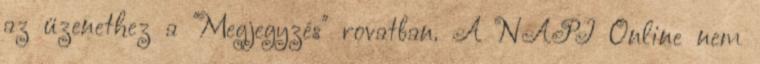
az üzenethez a "Megjegyzés" rovatban. A NAPI Online nem